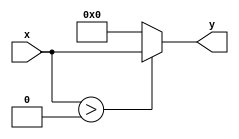

// relu activation function. If x is negative return 0, else return x
// y = max(0, x)
module relu(
    input [31:0] x, 
    output [31:0] y);

    assign y = ($signed(x) > 0) ? x : 32'h0000_0000;

endmodule